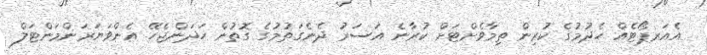
އެއަރޕޯޓެއް ހެދުމުގެ ކުރިން ތިމާވެށްޓަށް ކުރާނެ އަސަރު ދެނެގަތުމުގެ ގޮތުން ހަދަންޖެހޭ އެންވަޔަރަންމަންޓަލް